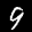
Label: 9